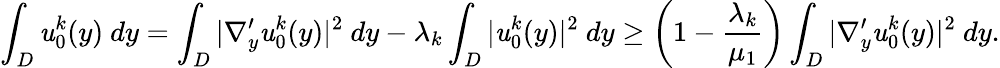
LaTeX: \displaystyle\int_{D}\mathit{u}_{0}^{k}(y)\ dy=\int_{D}\vert\nabla_{y}^{\prime}\mathit{u}_{0}^{k}(y)\vert^{2}\ dy-\lambda_{k}\int_{D}\vert\mathit{u}_{0}^{k}(y)\vert^{2}\ dy\geq\left(1-\frac{{\lambda_{k}}}{{\mu_{1}}}\right)\int_{D}\vert\nabla_{y}^{\prime}\mathit{u}_{0}^{k}(y)\vert^{2}\ dy.